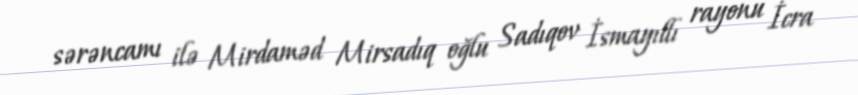
sərəncamı ilə Mirdaməd Mirsadıq oğlu Sadıqov İsmayıllı rayonu İcra